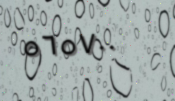
٥٦٥٧٠٠